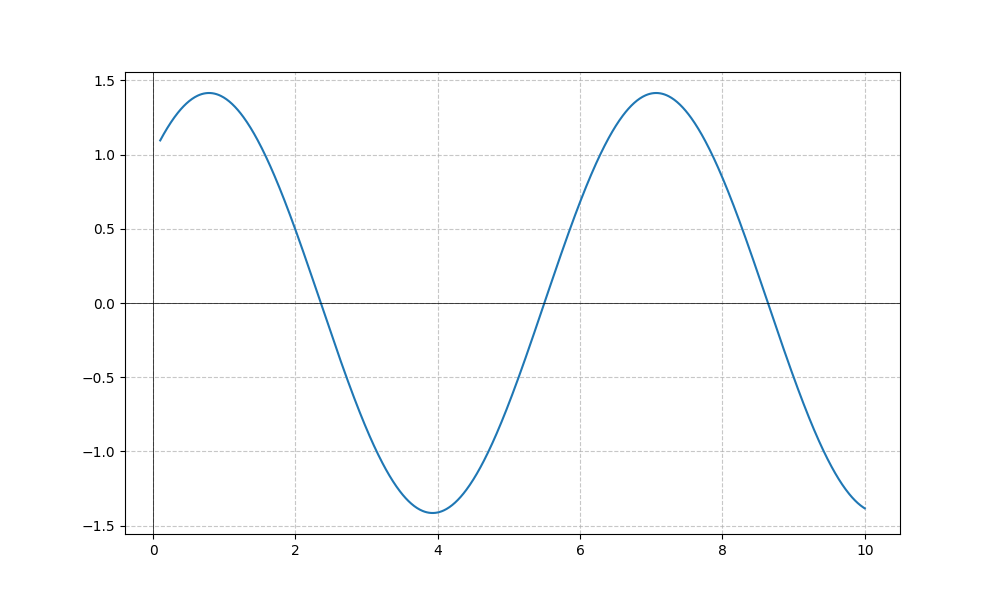
LaTeX formula: \sin{\left(x \right)} + \cos{\left(x \right)}